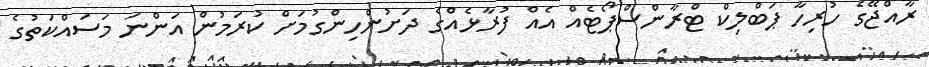
ރާއްޖޭގެ ހުރިހާ ޕަބްލިކް ޓްރާންސްޕޯޓެއް އެއް ފުރާޅެއްގެ ދަށުންހިންގުމަށް ކުރަމުން އަންނަ މަސައްކަތުގެ